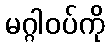
မဂ္ဂါဝပ်ကို